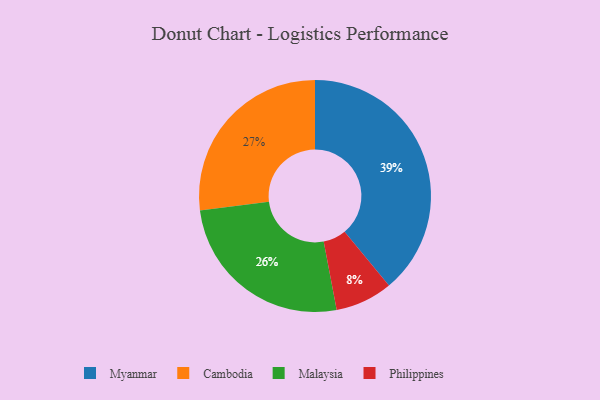
{"axis": {"x": "Category", "y": "Percentage"}, "legend": ["Cambodia", "Malaysia", "Myanmar", "Philippines"], "data": [{"x": "Myanmar", "y": 39, "type": "Myanmar"}, {"x": "Cambodia", "y": 27, "type": "Cambodia"}, {"x": "Philippines", "y": 8, "type": "Philippines"}, {"x": "Malaysia", "y": 26, "type": "Malaysia"}]}